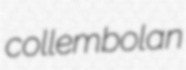
collembolan